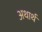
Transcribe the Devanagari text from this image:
अथार्थ